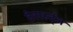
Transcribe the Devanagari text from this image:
टेराहर्ट्ज